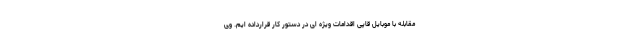
مقابله با موبایل قاپی اقدامات ویژه ای در دستور کار قرارداده ایم. وی